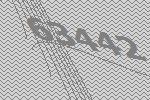
63442